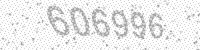
Solution: 606996